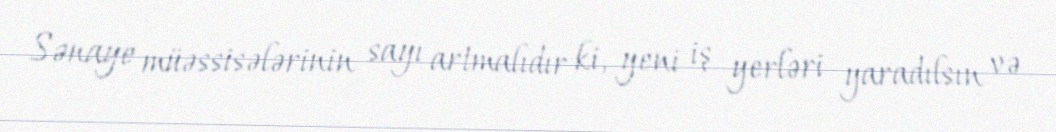
Sənaye müəssisələrinin sayı artmalıdır ki, yeni iş yerləri yaradılsın və